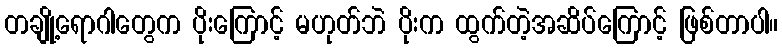
တချို့ရောဂါတွေက ပိုးကြောင့် မဟုတ်ဘဲ ပိုးက ထွက်တဲ့အဆိပ်ကြောင့် ဖြစ်တာပါ။